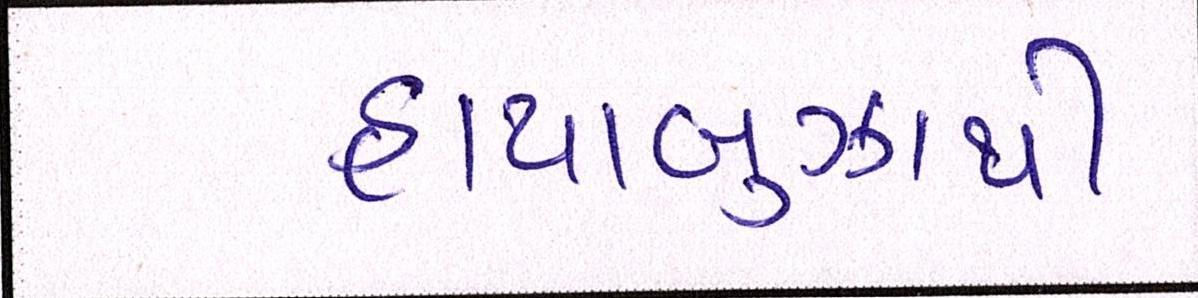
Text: હાયાબુઝાથી